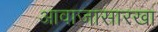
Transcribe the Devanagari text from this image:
आवाजासारखा